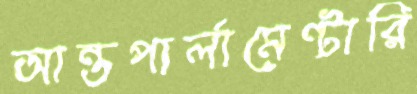
আন্তপার্লামেন্টারি